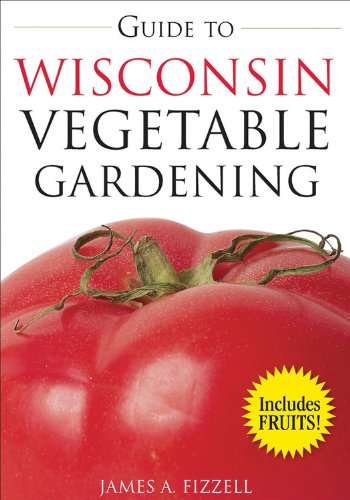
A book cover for Guide to Wisconsin Vegetable Gardening (Vegetable Gardening Guides); James Fizzell; Crafts, Hobbies & Home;